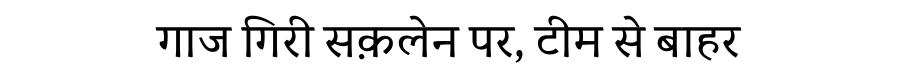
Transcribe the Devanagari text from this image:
गाज गिरी सक़लेन पर, टीम से बाहर